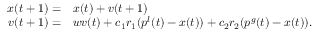
\begin{array} { r l } { x ( t + 1 ) = } & { { } x ( t ) + v ( t + 1 ) } \\ { v ( t + 1 ) = } & { { } w v ( t ) + c _ { 1 } r _ { 1 } ( p ^ { l } ( t ) - x ( t ) ) + c _ { 2 } r _ { 2 } ( p ^ { g } ( t ) - x ( t ) ) . } \end{array}